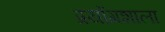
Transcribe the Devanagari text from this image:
प्रयोंगशाला